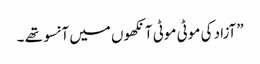
”آزاد کی موٹی موٹی آنکھوں میں آنسو تھے ۔